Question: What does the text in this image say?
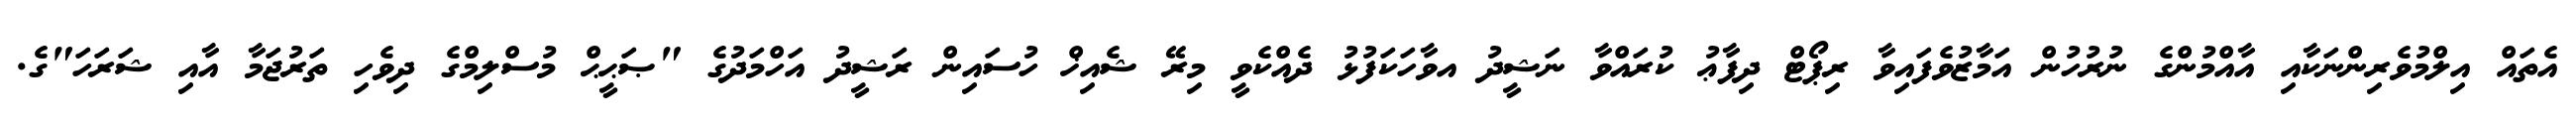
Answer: އެތައް އިލްމުވެރިންނަކާއި އާއްމުންގެ ނުރުހުން އަމާޒުވެފައިވާ ރިޕޯޓް ދިފާޢު ކުރައްވާ ނަޝީދު އވާހަކަފުޅު ދެއްކެވީ މިރޭ ޝެއިޚް ހުސައިން ރަޝީދު އަހްމަދުގެ "ޞަޙީޙް މުސްލިމްގެ ދިވެހި ތަރުޖަމާ އާއި ޝަރަހަ"ގެ.